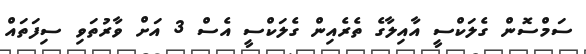
ސަމްސޮން ގެލަކްސީ އާއިލާގެ ތެރެއިން ގެލަކްސީ އެސް 3 އަށް ވާރުތަވި ސިފަތައް